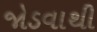
જોડવાથી